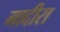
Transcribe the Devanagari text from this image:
मादीरा